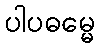
ပါပဓမ္မေ